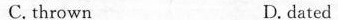
C.thrown D.dated